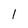
Character: 1